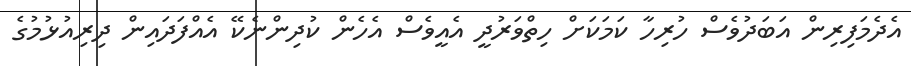
އެދެމަފިރިން އަބަދުވެސް ހުރިހާ ކަމަަކަށް ހިތްވަރުދީ އެއީވެސް އެހެެން ކުދިންނެކޭ އެއްފަދައިން ދިރިއުޅުމުގެ